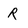
Character: R